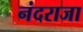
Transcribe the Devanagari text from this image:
नंदराजा